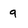
Character: q